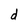
Character: d